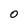
Character: O